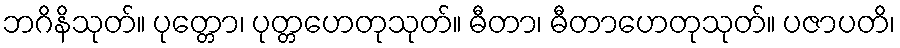
ဘဂိနိသုတ်။ ပုတ္တော၊ ပုတ္တဟေတုသုတ်။ ဓီတာ၊ ဓီတာဟေတုသုတ်။ ပဇာပတိ၊